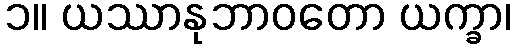
၁။ ယဿာနုဘာဝတော ယက္ခာ၊